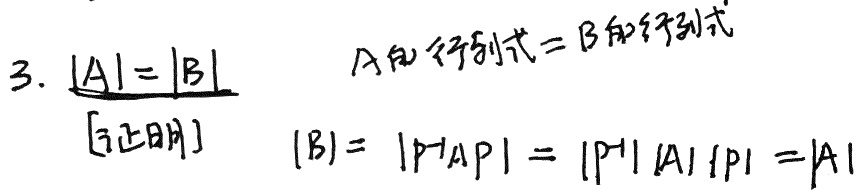
3. $|A| = |B|$  A的行列式=B的行列式
[证明]
$|B|=|P^{-1}AP| = |P^{-1}||A||P|=|A|$